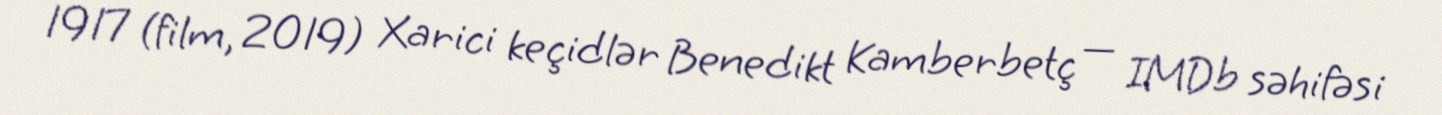
1917 (film, 2019) Xarici keçidlər Benedikt Kamberbetç — IMDb səhifəsi